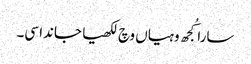
سارا کُجھ وہیاں وچ لکھیا جاندا سی۔